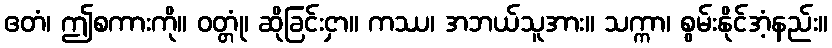
ဧတံ၊ ဤစကားကို။ ဝတ္တုံ၊ ဆိုခြင်းငှာ။ ကဿ၊ အဘယ်သူအား။ သက္ကာ၊ စွမ်းနိုင်အံ့နည်း။